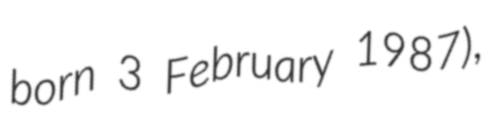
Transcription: born 3 February 1987),